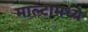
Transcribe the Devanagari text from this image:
माल्टामध्ये